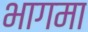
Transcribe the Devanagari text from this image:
भागमा